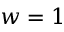
w = 1